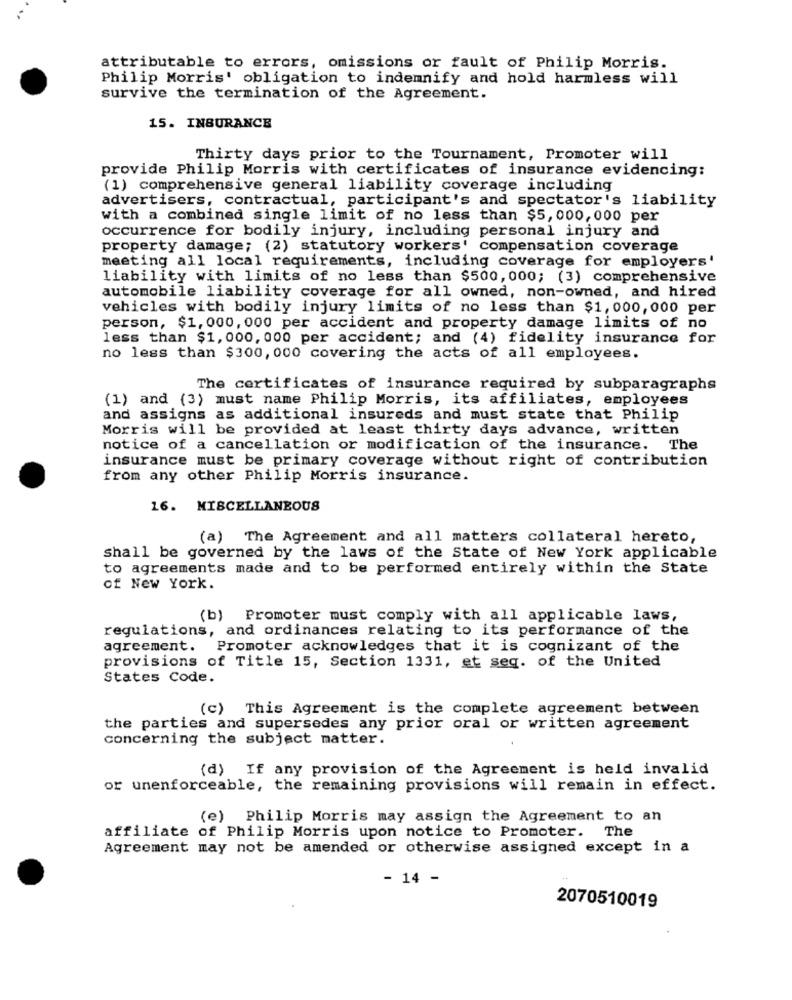
attributable to errors, omissions or fault of Philip Morris.
Philip Morris' obligation to indemnify and hold harmless will
survive the termination of the Agreement.
15. INSURANCE
Thirty days prior to the Tournament, Promoter will
provide Philip Morris with certificates of insurance evidencing:
(1) comprehensive general liability coverage including
advertisers, contractual, participant's and spectator's liability
with a combined single limit of no less than $5,000,000 per
occurrence for bodily injury, including personal injury and
property damage; (2) statutory workers' compensation coverage
meeting all local requirements, including coverage for employers'
liability with limits of no less than $500,000; (3) comprehensive
automobile liability coverage for all owned, non-owned, and hired
vehicles with bodily injury limits of no less than $1,000,000 per
person, $1, 000, 000 per accident and property damage limits of no
less than $1, 000, 000 per accident; and (4) fidelity insurance for
no less than $300, 000 covering the acts of all employees.
The certificates of insurance required by subparagraphs
(1) and (3) must name Philip Morris, its affiliates, employees
and assigns as additional insureds and must state that Philip
Morris will be provided at least thirty days advance, written
notice of a cancellation or modification of the insurance. The
insurance must be primary coverage without right of contribution
from any other Philip Morris insurance.
16. MISCELLANEOUS
(a) The Agreement and all matters collateral hereto,
shall be governed by the laws of the State of New York applicable
to agreements made and to be performed entirely within the State
of New York.
(b) Promoter must comply with all applicable laws,
regulations, and ordinances relating to its performance of the
agreement. Promoter acknowledges that it is cognizant of the
provisions of Title 15, Section 1331, et seq. of the United
States Code.
(c) This Agreement is the complete agreement between
the parties and supersedes any prior oral or written agreement
concerning the subject matter.
(d) If any provision of the Agreement is held invalid
or unenforceable, the remaining provisions will remain in effect.
(e) Philip Morris may assign the Agreement to an
affiliate of Philip Morris upon notice to Promoter. The
Agreement may not be amended or otherwise assigned except in a
- 14 -
2070510019